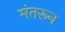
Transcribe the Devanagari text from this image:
मंतरून